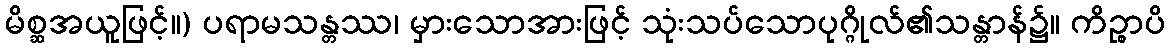
မိစ္ဆအယူဖြင့်။) ပရာမသန္တဿ၊ မှားသောအားဖြင့် သုံးသပ်သောပုဂ္ဂိုလ်၏သန္တာန်၌။ ကိဉ္စာပိ